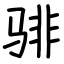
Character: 𬴂